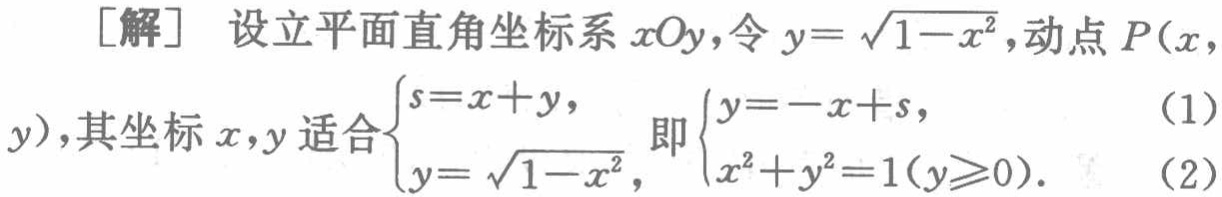
[解] 设立平面直角坐标系 \(xOy\)，令 \(y = \sqrt{1 - x^{2}}\)，动点 \(P(x,\)
\(y)\)，其坐标 \(x,y\) 适合\(\begin{cases}s = x + y,\\y = \sqrt{1 - x^{2}},\end{cases}\) 即\(\begin{cases}y = -x + s,\\x^{2}+y^{2}=1(y\geqslant0).\end{cases}\) （1）
（2）